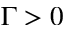
\Gamma > 0